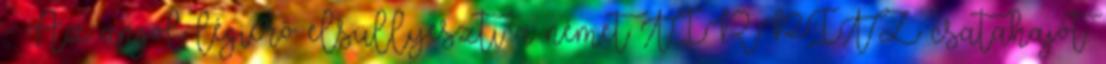
- Az angol légierõ elsüllyeszti a német TIRPITZ csatahajót.